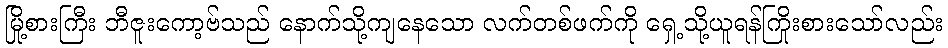
မြို့စားကြီး ဘီဇူးကော့ဗ်သည် နောက်သို့ကျနေသော လက်တစ်ဖက်ကို ရှေ့သို့ယူရန်ကြိုးစားသော်လည်း